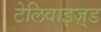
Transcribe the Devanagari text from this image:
टेलिवाइज़्ड